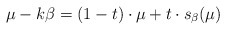
\begin{align*} \mu - k \beta = (1-t) \cdot \mu + t \cdot s_\beta(\mu)\end{align*}